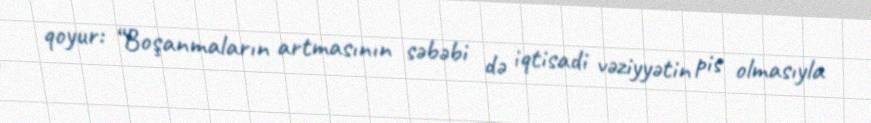
qoyur: “Boşanmaların artmasının səbəbi də iqtisadi vəziyyətin pis olmasıyla